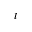
_ t